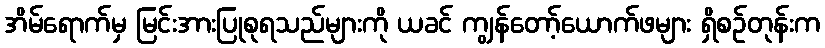
အိမ်ရောက်မှ မြင်းအားပြုစုရသည်များကို ယခင် ကျွန်တော့်ယောက်ဖများ ရှိစဉ်တုန်းက